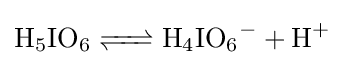
{\ce {H5IO6 <=> H4IO6- + H+}}